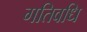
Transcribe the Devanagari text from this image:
गतिवधि